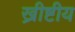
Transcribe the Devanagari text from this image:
ख्रीष्टीय